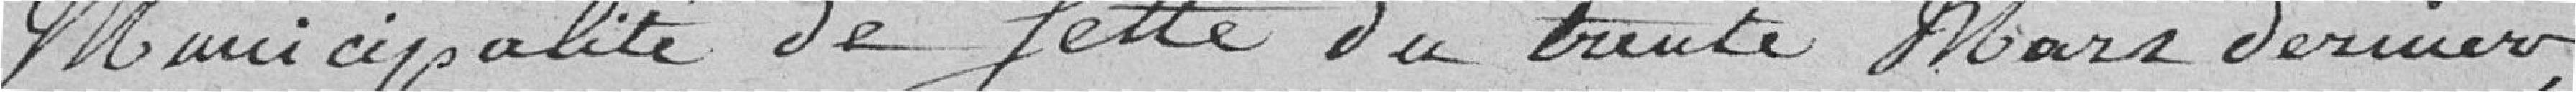
Municipalités de fette du trente mars dernier